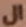
ال